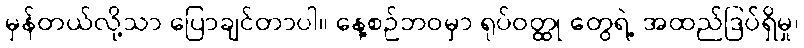
မှန်တယ်လို့သာ ပြောချင်တာပါ။ နေ့စဉ်ဘဝမှာ ရုပ်ဝတ္ထု တွေရဲ့ အထည်ဒြပ်ရှိမှု၊